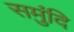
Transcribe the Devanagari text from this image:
समुंदि